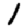
Digit: 1